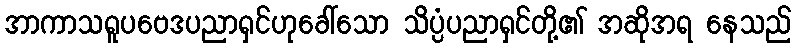
အာကာသရူပဗေဒပညာရှင်ဟုခေါ်သော သိပ္ပံပညာရှင်တို့၏ အဆိုအရ နေသည်